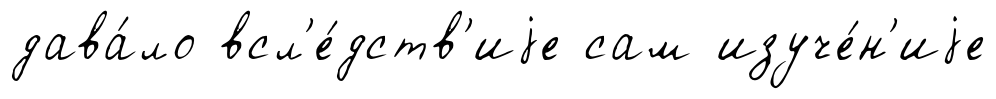
дава́ло всл'е́дств'иjе сам изуче́н'иjе